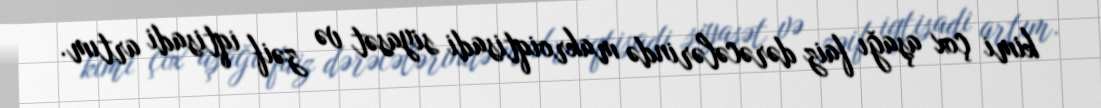
kimi çox aşağı faiz dərəcələrində makroiqtisadi siyasət və zəif iqtisadi artım.